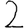
Digit: 2